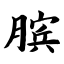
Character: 膑